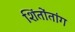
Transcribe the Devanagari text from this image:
शिंतोंतांग